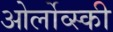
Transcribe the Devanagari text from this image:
ओर्लोव्स्की